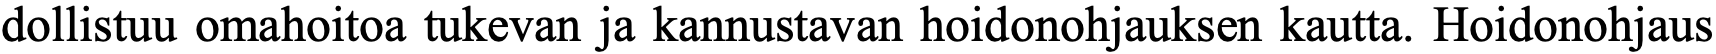
dollistuu omahoitoa tukevan ja kannustavan hoidonohjauksen kautta. Hoidonohjaus